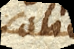
solito